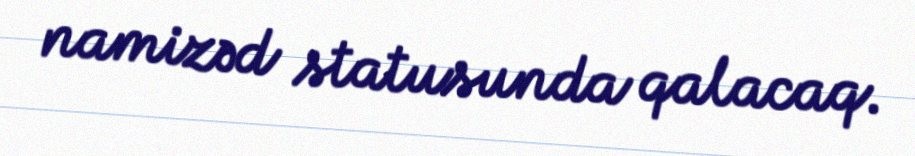
namizəd statusunda qalacaq.